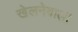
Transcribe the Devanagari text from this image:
खेलनेवाली